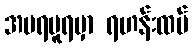
အမရပူရမှာ ရဟန်းထပ်